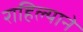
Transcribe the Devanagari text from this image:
राहिल्‍याने